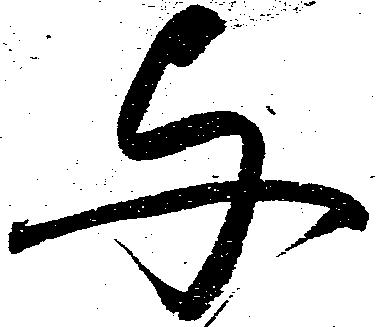
与